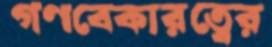
গণবেকারত্বের